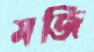
মজি